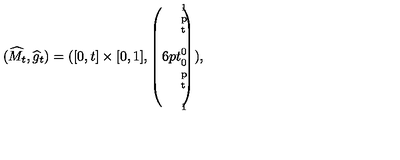
( \widehat { M } _ { t } , \widehat { g } _ { t } ) = ( [ 0 , t ] \times [ 0 , 1 ] , \left( \parbox { 1 6 p t } { \scriptsize 1 \makebox [ 1 p t ] { } 0 0 \makebox [ 1 p t ] { } 1 } \right) ) ,